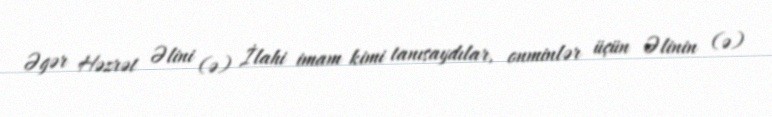
Əgər Həzrət Əlini (ə) İlahi imam kimi tanısaydılar, onminlər üçün Əlinin (ə)